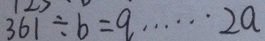
3 6 1 \div b = q \cdots 2 a